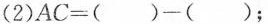
(2)$$AC=()-()$$；